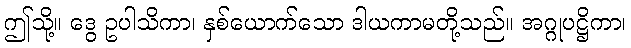
ဤသို့။ ဒွေ ဥပါသိကာ၊ နှစ်ယောက်သော ဒါယကာမတို့သည်။ အဂ္ဂုပဋ္ဌိကာ၊